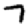
Digit: 7